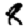
Digit: 8